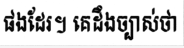
ផងដែរ។ គេដឹងច្បាស់ថា